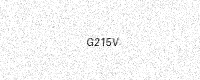
Text: G215V